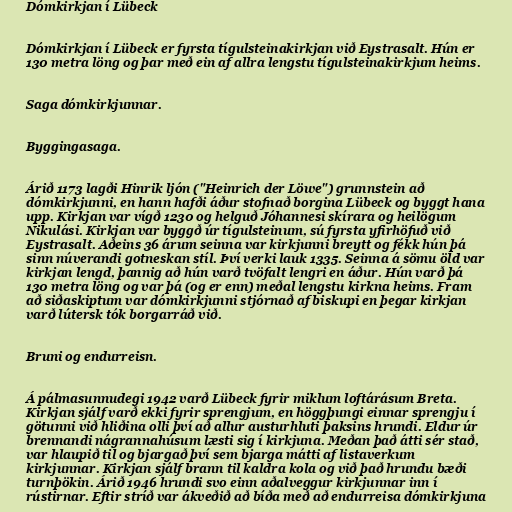
Dómkirkjan í Lübeck

Dómkirkjan í Lübeck er fyrsta tígulsteinakirkjan við Eystrasalt. Hún er
130 metra löng og þar með ein af allra lengstu tígulsteinakirkjum heims.

Saga dómkirkjunnar.

Byggingasaga.

Árið 1173 lagði Hinrik ljón ("Heinrich der Löwe") grunnstein að
dómkirkjunni, en hann hafði áður stofnað borgina Lübeck og byggt hana
upp. Kirkjan var vígð 1230 og helguð Jóhannesi skírara og heilögum
Nikulási. Kirkjan var byggð úr tígulsteinum, sú fyrsta yfirhöfuð við
Eystrasalt. Aðeins 36 árum seinna var kirkjunni breytt og fékk hún þá
sinn núverandi gotneskan stíl. Því verki lauk 1335. Seinna á sömu öld var
kirkjan lengd, þannig að hún varð tvöfalt lengri en áður. Hún varð þá
130 metra löng og var þá (og er enn) meðal lengstu kirkna heims. Fram
að siðaskiptum var dómkirkjunni stjórnað af biskupi en þegar kirkjan
varð lútersk tók borgarráð við.

Bruni og endurreisn.

Á pálmasunnudegi 1942 varð Lübeck fyrir miklum loftárásum Breta.
Kirkjan sjálf varð ekki fyrir sprengjum, en höggþungi einnar sprengju í
götunni við hliðina olli því að allur austurhluti þaksins hrundi. Eldur úr
brennandi nágrannahúsum læsti sig í kirkjuna. Meðan það átti sér stað,
var hlaupið til og bjargað því sem bjarga mátti af listaverkum
kirkjunnar. Kirkjan sjálf brann til kaldra kola og við það hrundu bæði
turnþökin. Árið 1946 hrundi svo einn aðalveggur kirkjunnar inn í
rústirnar. Eftir stríð var ákveðið að bíða með að endurreisa dómkirkjuna